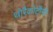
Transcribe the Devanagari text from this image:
थोरैकोटौमी